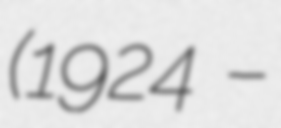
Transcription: (1924 –